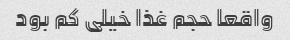
واقعا حجم غذا خیلی کم بود